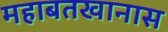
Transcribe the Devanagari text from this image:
महाबतखानास